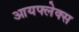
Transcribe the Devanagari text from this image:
आयफ्लेक्स